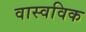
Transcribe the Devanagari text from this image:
वास्वविक